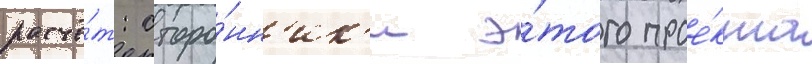
расчё́т: сторо́нн'ик'и э́того прое́кта